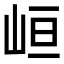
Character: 峘